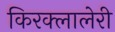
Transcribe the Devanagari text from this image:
किरक्लालेरी